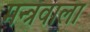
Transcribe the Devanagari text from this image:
मन्त्रवाला